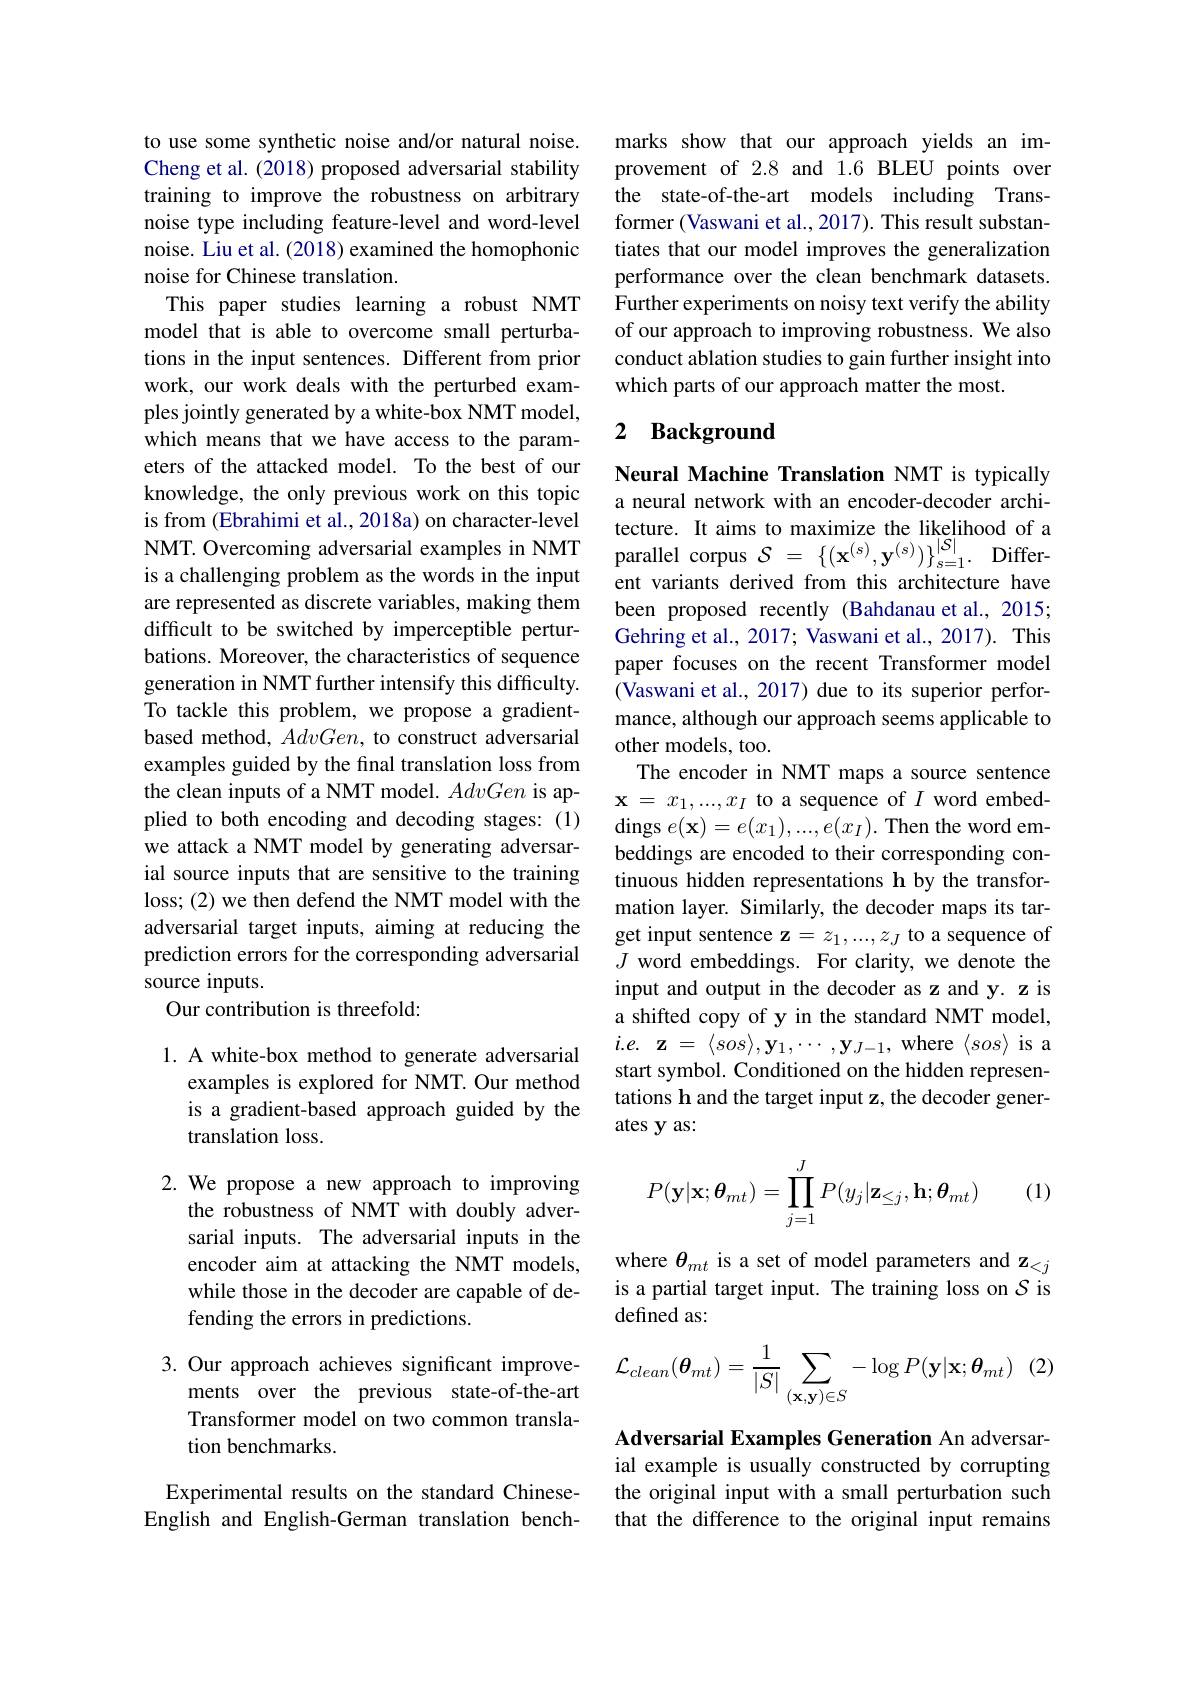
to use some synthetic noise and/or natural noise. Cheng et al. (2018) proposed adversarial stability training to improve the robustness on arbitrary noise type including feature-level and word-level noise. Liu et al. (2018) examined the homophonic noise for Chinese translation.
This paper studies learning a robust NMT model that is able to overcome small perturbations in the input sentences. Different from prior work, our work deals with the perturbed examples jointly generated by a white-box NMT model, which means that we have access to the parameters of the attacked model. To the best of our knowledge, the only previous work on this topic is from (Ebrahimi et al., 2018a) on character-level NMT. Overcoming adversarial examples in NMT is a challenging problem as the words in the input are represented as discrete variables, making them difficult to be switched by imperceptible perturbations. Moreover, the characteristics of sequence generation in NMT further intensify this difficulty. To tackle this problem, we propose a gradientbased method, $AdvGen$, to construct adversarial examples guided by the final translation loss from the clean inputs of a NMT model. AdvGen is applied to both encoding and decoding stages: (1) we attack a NMT model by generating adversarial source inputs that are sensitive to the training loss; (2) we then defend the NMT model with the adversarial target inputs, aiming at reducing the prediction errors for the corresponding adversarial source inputs.
Our contribution is threefold:

1. A white-box method to generate adversarial
examples is explored for NMT. Our method is a gradient-based approach guided by the translation loss.

2. We propose a new approach to improving
the robustness of NMT with doubly adversarial inputs. The adversarial inputs in the encoder aim at attacking the NMT models, while those in the decoder are capable of defending the errors in predictions.

3. Our approach achieves significant improve-
ments over the previous state-of-the-art Transformer model on two common translation benchmarks.

Experimental results on the standard ChineseEnglish and English-German translation bench-

marks show that our approach yields an improvement of 2.8 and 1.6 BLEU points over the state-of-the-art models including Transformer (Vaswani et al., 2017). This result substantiates that our model improves the generalization performance over the clean benchmark datasets. Further experiments on noisy text verify the ability of our approach to improving robustness. We also conduct ablation studies to gain further insight into which parts of our approach matter the most.

# 2 Background

Neural Machine Translation NMT is typically a neural network with an encoder-decoder architecture. It aims to maximize the likelihood of a parallel corpus $\mathcal{S} = \left \{ ( \mathbf{x} ^{( s) }, \mathbf{y} ^{( s) }) \right \} _{s= 1}^{| \mathcal{S} | }.$ Different variants derived from this architecture have been proposed recently (Bahdanau et al., 2015; Gehring et al., 2017; Vaswani et al., 2017). This paper focuses on the recent Transformer model (Vaswani et al., 2017) due to its superior performance, although our approach seems applicable to other models, too.
The encoder in NMT maps a source sentence $\mathbf{x}=x_1,...,x_I$ to a sequence of $I$ word embed- $\operatorname{dings}e(\mathbf{x})=e(x_1),...,e(x_I).$Then the word embeddings are encoded to their corresponding continuous hidden representations h by the transformation layer. Similarly, the decoder maps its target input sentence z $=z_1,...,z_J$ to a sequence of $J$ word embeddings. For clarity, we denote the input and output in the decoder as z and y. z is a shifted copy of y in the standard NMT model, $i.e.~\mathbf{z}~=~\langle sos\rangle,\mathbf{y}_{1},\cdots~,\mathbf{y}_{J-1},~\mathbf{where}~\langle sos\rangle~$is a start symbol. Conditioned on the hidden representations h and the target input z, the decoder generates y as:

(1)
$$P(\mathbf{y}|\mathbf{x};\boldsymbol{\theta}_{mt})=\prod_{j=1}^JP(y_j|\mathbf{z}_{\le j},\mathbf{h};\boldsymbol{\theta}_{mt})$$
where $\theta_{mt}$ is a set of model parameters and z$_<j$ is a partial target input. The training loss on $S$ is defined as:
$$\mathcal{L}_{clean}(\boldsymbol{\theta}_{mt})=\frac{1}{|S|}\sum_{(\mathbf{x},\mathbf{y})\in S}-\log P(\mathbf{y}|\mathbf{x};\boldsymbol{\theta}_{mt})\:(2)$$
Adversarial Examples Generation An adversarial example is usually constructed by corrupting the original input with a small perturbation such that the difference to the original input remains